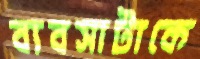
ব্যবসাটাকে